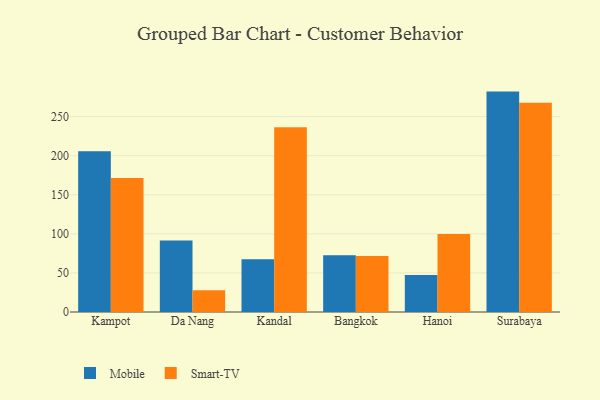
{"axis": {"x": "City", "y": "Net Income (USD K)"}, "legend": ["Mobile", "Smart-TV"], "data": [{"x": "Kampot", "y": 205.7, "type": "Mobile"}, {"x": "Kampot", "y": 171.3, "type": "Smart-TV"}, {"x": "Da Nang", "y": 91.6, "type": "Mobile"}, {"x": "Da Nang", "y": 27.7, "type": "Smart-TV"}, {"x": "Kandal", "y": 67.4, "type": "Mobile"}, {"x": "Kandal", "y": 236.4, "type": "Smart-TV"}, {"x": "Bangkok", "y": 72.5, "type": "Mobile"}, {"x": "Bangkok", "y": 71.7, "type": "Smart-TV"}, {"x": "Hanoi", "y": 47.2, "type": "Mobile"}, {"x": "Hanoi", "y": 99.7, "type": "Smart-TV"}, {"x": "Surabaya", "y": 282.0, "type": "Mobile"}, {"x": "Surabaya", "y": 267.7, "type": "Smart-TV"}]}